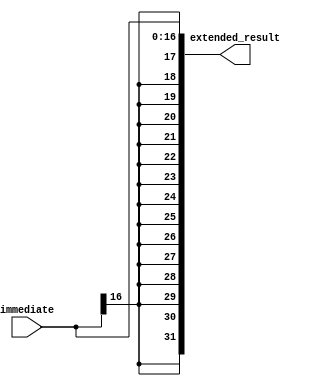
module sign_extension(extended_result, immediate);
	
	input [16:0] immediate;
	output [31:0] extended_result;
	
	wire sign;
	assign sign = immediate[16];
	
	genvar i;
	generate
		for(i = 0; i < 17; i = i + 1)begin : copy
			assign extended_result[i] = immediate[i];
		end
	endgenerate

	genvar j;
	generate
		for (j = 31; j >= 17; j = j - 1) begin : sign_ext
			assign extended_result[j] = sign;
		end
	endgenerate

endmodule